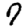
Digit: 7